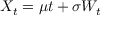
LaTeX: X _ { t } = \mu t + \sigma W _ { t }